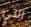
التي